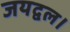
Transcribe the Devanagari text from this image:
जयद्वल।